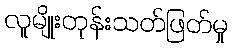
လူမျိုးတုန်းသတ်ဖြတ်မှု